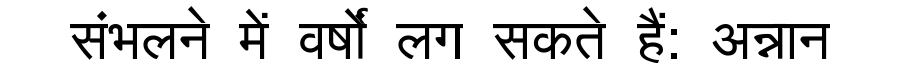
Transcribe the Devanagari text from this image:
संभलने में वर्षों लग सकते हैं: अन्नान